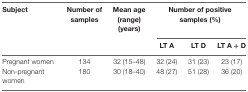
<table><thead><tr><td><b>Subject</b></td><td><b>Number of samples</b></td><td><b>Mean age (range) (years)</b></td><td colspan="3"><b>Number of positive samples (%)</b></td></tr><tr><td></td><td></td><td></td><td><b>LT A</b></td><td><b>LT D</b></td><td><b>LT A + D</b></td></tr></thead><tbody><tr><td>Pregnant women</td><td>134</td><td>32 (15–48)</td><td>32 (24)</td><td>31 (23)</td><td>23 (17)</td></tr><tr><td>Non-pregnant women</td><td>180</td><td>30 (18–40)</td><td>48 (27)</td><td>51 (28)</td><td>36 (20)</td></tr></tbody></table>